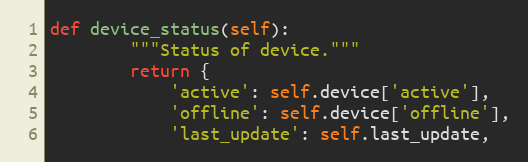
Language: Python
def device_status(self):
        """Status of device."""
        return {
            'active': self.device['active'],
            'offline': self.device['offline'],
            'last_update': self.last_update,